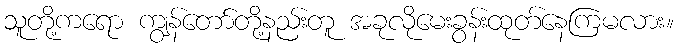
သူတို့ကရော ကျွန်တော်တို့နည်းတူ အခုလိုမေးခွန်းထုတ်နေကြမလား။